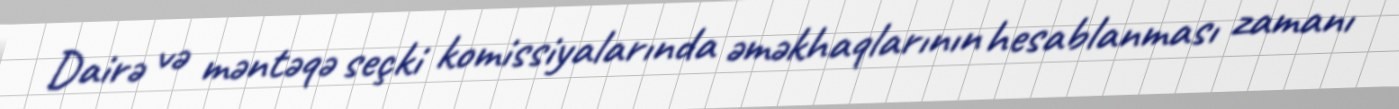
Dairə və məntəqə seçki komissiyalarında əməkhaqlarının hesablanması zamanı